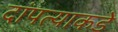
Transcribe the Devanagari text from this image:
दांपत्याकडे